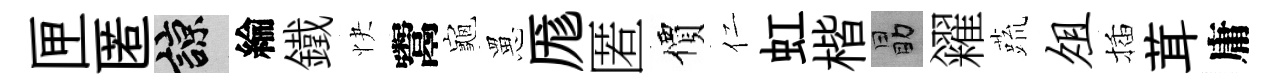
匣匿諒綸鐵快鬻龜罳厖匿價仁虹楷勗糴蔬俎插茸庸